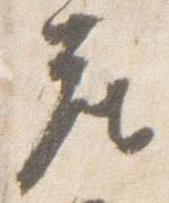
座